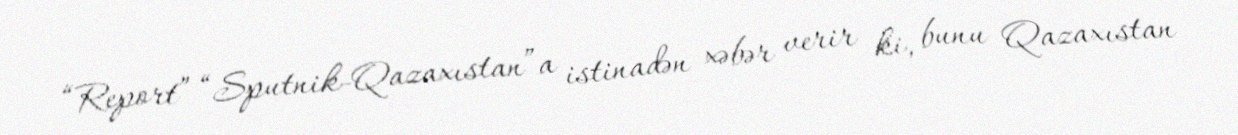
“Report” “Sputnik-Qazaxıstan”a istinadən xəbər verir ki, bunu Qazaxıstan